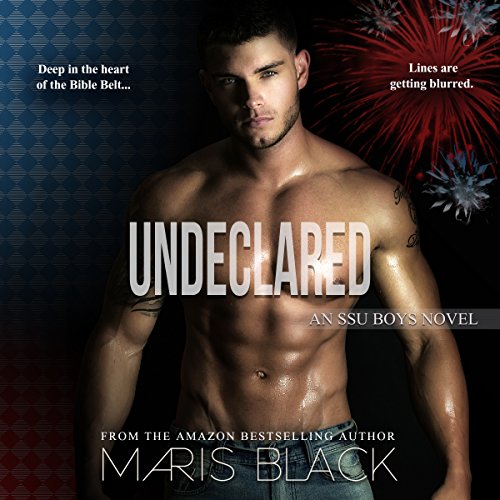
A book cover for Undeclared; Maris Black; Romance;